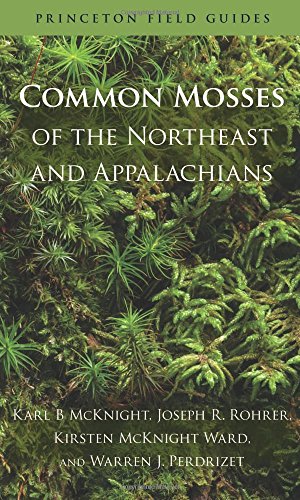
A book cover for Common Mosses of the Northeast and Appalachians (Princeton Field Guides); Karl B McKnight; Science & Math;